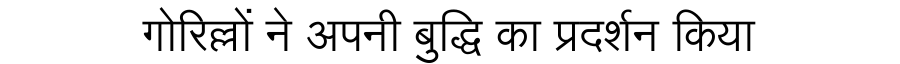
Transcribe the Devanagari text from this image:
गोरिल्लों ने अपनी बुद्धि का प्रदर्शन किया